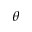
\theta